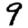
Digit: 9